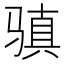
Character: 𩨋